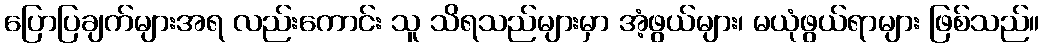
ပြောပြချက်များအရ လည်းကောင်း သူ သိရသည်များမှာ အံ့ဖွယ်များ၊ မယုံဖွယ်ရာများ ဖြစ်သည်။